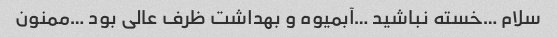
سلام …خسته نباشید …آبمیوه و بهداشت ظرف عالی بود …ممنون